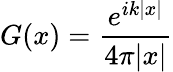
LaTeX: G(x)={\frac{e^{ik|x|}}{4\pi|x|}}